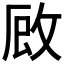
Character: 𭣪